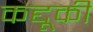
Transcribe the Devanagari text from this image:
कद्दूकी